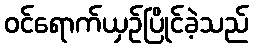
ဝင်ရောက်ယှဉ်ပြိုင်ခဲ့သည်